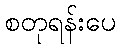
စတုရန်းပေ